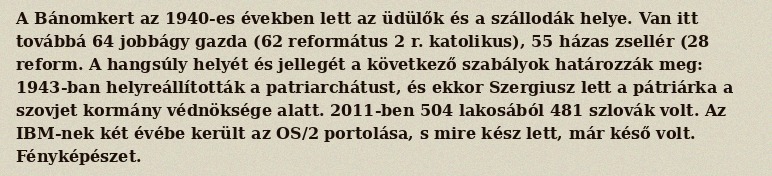
A Bánomkert az 1940-es években lett az üdülők és a szállodák helye. Van itt továbbá 64 jobbágy gazda (62 református 2 r. katolikus), 55 házas zsellér (28 reform. A hangsúly helyét és jellegét a következő szabályok határozzák meg: 1943-ban helyreállították a patriarchátust, és ekkor Szergiusz lett a pátriárka a szovjet kormány védnöksége alatt. 2011-ben 504 lakosából 481 szlovák volt. Az IBM-nek két évébe került az OS/2 portolása, s mire kész lett, már késő volt. Fényképészet.